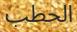
الحطب